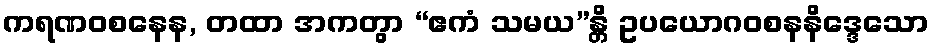
ကရဏဝစနေန, တထာ အကတွာ “ဧကံ သမယ”န္တိ ဥပယောဂဝစနနိဒ္ဒေသော